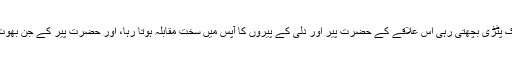
غرض، تھل میں جب تک پٹڑی بچھتی رہی اس علاقے کے حضرت پِیر اور دلّی کے پیروں کا آپس میں سخت مقابلہ ہوتا رہا، اور حضرت پِیر کے جن بھوت تو آج بھی سرگرم ہیں۔